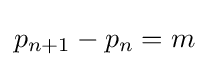
p_{n+1}-p_{n}=m